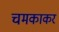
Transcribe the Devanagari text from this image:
चमकाकर